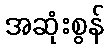
အဆုံးစွန်